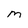
Character: m